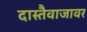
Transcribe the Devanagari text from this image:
दास्तैवाजावर